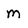
Character: m